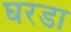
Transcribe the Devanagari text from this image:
घरडा